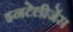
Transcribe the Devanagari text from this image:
इनटेलीजेंस